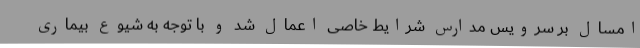
امسال بر سرویس مدارس شرایط خاصی اعمال شد و با توجه به شیوع بیماری